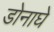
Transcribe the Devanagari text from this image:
डोनाघे